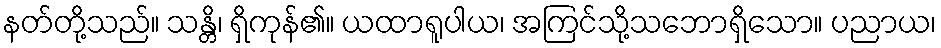
နတ်တို့သည်။ သန္တိ၊ ရှိကုန်၏။ ယထာရူပါယ၊ အကြင်သို့သဘောရှိသော။ ပညာယ၊